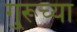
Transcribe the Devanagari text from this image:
गु्रूच्या